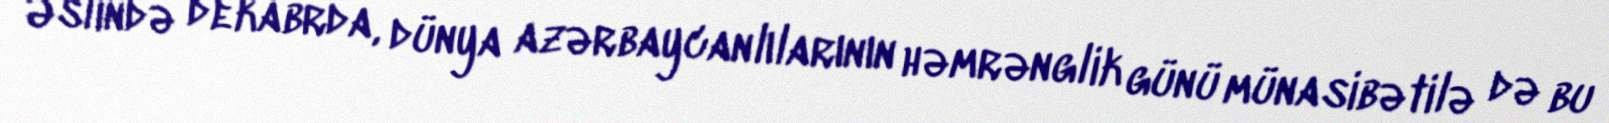
Əslində dekabrda, dünya azərbaycanlılarının həmrənglik günü münasibətilə də bu